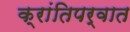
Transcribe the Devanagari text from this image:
क्रांतिपर्वात